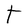
Character: T